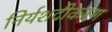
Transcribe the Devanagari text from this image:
निर्यशदीकरण